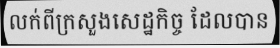
លក់ពីក្រសួងសេដ្ឋកិច្ច ដែលបាន